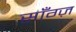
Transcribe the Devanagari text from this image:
साँग्ज़